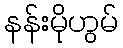
နန်းမိုဟွမ်